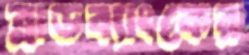
ব্লাডব্যাংকের